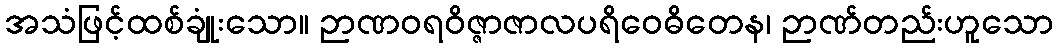
အသံဖြင့်ထစ်ချုံးသော။ ဉာဏဝရဝိဇ္ဇာဇာလပရိဝေဓိတေန၊ ဉာဏ်တည်းဟူသော